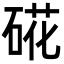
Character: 硴